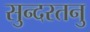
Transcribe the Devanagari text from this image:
सुन्दरतनु